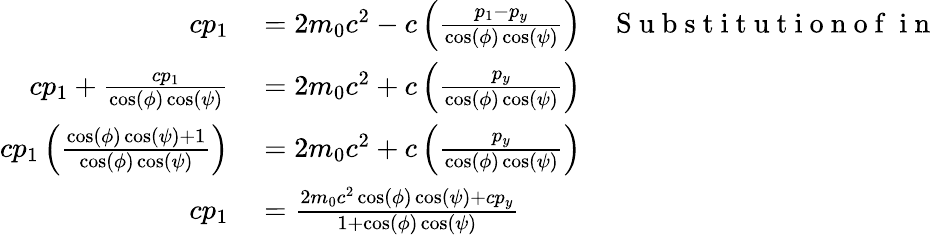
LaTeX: \begin{array}{rlr}{cp_{1}}&{{}=2m_{0}c^{2}-c\left(\frac{p_{1}-p_{y}}{\cos(\phi)\cos(\psi)}\right)}&{\mathrm{~S~u~b~s~t~i~t~u~t~i~o~n~o~f~}\mathrm{~i~n~}}\\ {cp_{1}+\frac{cp_{1}}{\cos(\phi)\cos(\psi)}}&{{}=2m_{0}c^{2}+c\left(\frac{p_{y}}{\cos(\phi)\cos(\psi)}\right)}&{}\\ {cp_{1}\left(\frac{\cos(\phi)\cos(\psi)+1}{\cos(\phi)\cos(\psi)}\right)}&{{}=2m_{0}c^{2}+c\left(\frac{p_{y}}{\cos(\phi)\cos(\psi)}\right)}&{}\\ {cp_{1}}&{{}=\frac{2m_{0}c^{2}\cos(\phi)\cos(\psi)+cp_{y}}{1+\cos(\phi)\cos(\psi)}}&{}\end{array}